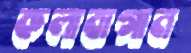
কলাবাগান